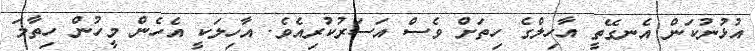
އުޅުނުކަން އެނގޭތީ އާހިލްގެ ހިތަށް ވެސް އަސަރުކުރިއެވެ. އާހިލަކީ އެހެން މީހުން ހިތާމަ